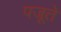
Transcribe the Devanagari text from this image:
पजूते